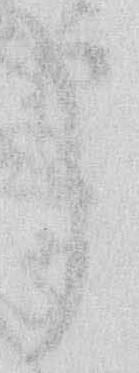
申